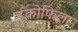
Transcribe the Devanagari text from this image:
ईकोफिला